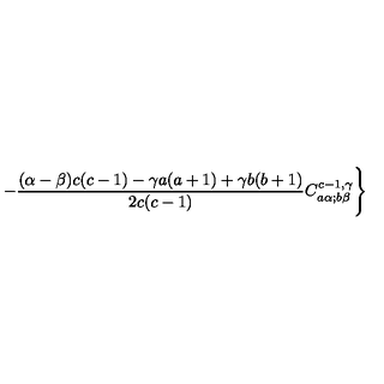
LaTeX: - \frac { ( \alpha - \beta ) c ( c - 1 ) - \gamma a ( a + 1 ) + \gamma b ( b + 1 ) } { 2 c ( c - 1 ) } C _ { a \alpha ; b \beta } ^ { c - 1 , \gamma } \Biggr \}